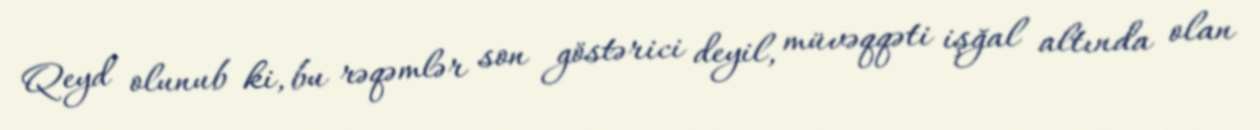
Qeyd olunub ki, bu rəqəmlər son göstərici deyil, müvəqqəti işğal altında olan